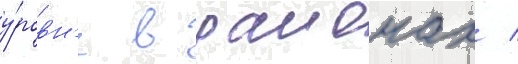
у́ровн'е в раионах /